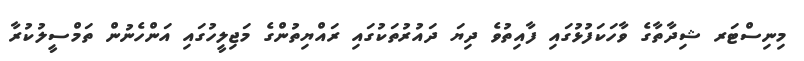
މިނިސްޓަރ ޝިދާތާގެ ވާހަކަފުޅުގައި ފާއިތުވެ ދިޔަ ދައުރުތަކުގައި ރައްޔިތުންގެ މަޖިލީހުގައި އަންހެނުން ތަމްސީލުކުރާ